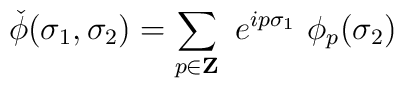
\check{\phi}(\sigma_1,\sigma_2)=\sum_{p \in {\bf Z}}~e^{ip\sigma_1}~\phi_p(\sigma_2)